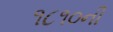
૧૮૧૦ની